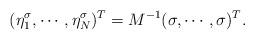
LaTeX: \begin{align*} (\eta_1^\sigma,\cdots,\eta_N^\sigma)^T = M^{-1} ( \sigma ,\cdots, \sigma)^T.\end{align*}